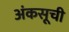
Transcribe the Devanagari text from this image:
अंकसूची